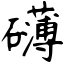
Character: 礴